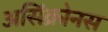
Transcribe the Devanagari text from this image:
असिंक्रोनस